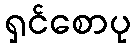
ရှင်စောပု